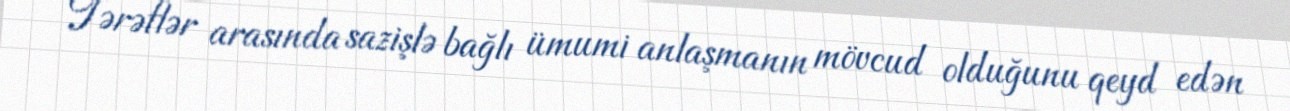
Tərəflər arasında sazişlə bağlı ümumi anlaşmanın mövcud olduğunu qeyd edən